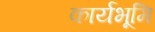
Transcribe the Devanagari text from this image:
कार्यभूमि